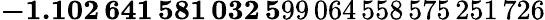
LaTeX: \mathbf{-1.102\, 641\, 581\, 032\, 5}99\, 064\, 558\, 575\, 251\, 726